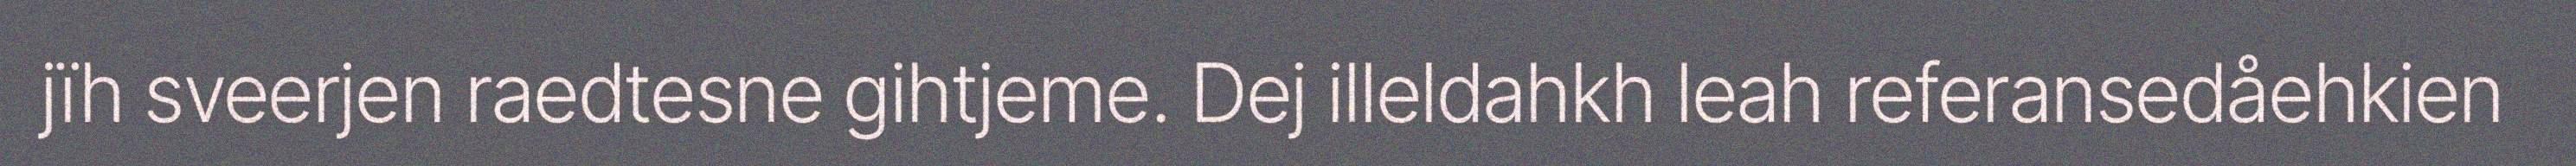
jïh sveerjen raedtesne gihtjeme. Dej illeldahkh leah referansedåehkien